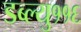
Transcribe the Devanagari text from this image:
डब्ल्यु११६